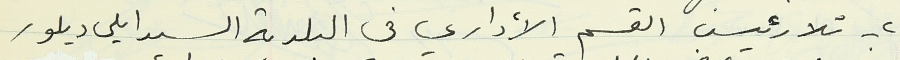
٢ - تلا رئيس القسم الأداري في البلدية السيد ايلى ديلور